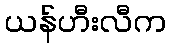
ယန်ဟီးလီက